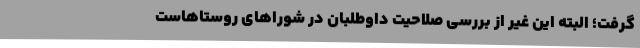
گرفت؛ البته این غیر از بررسی صلاحیت داوطلبان در شوراهای روستاهاست